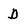
Character: d